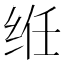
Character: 𫟃